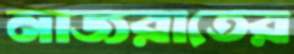
নাজরাতের